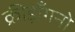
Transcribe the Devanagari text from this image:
क्रीड़ाँगनो